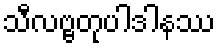
သီလဗ္ဗတုပါဒါနဿ